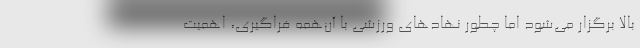
بالا برگزار می‌شود اما چطور نهادهای ورزشی با آن‌همه فراگیری، اهمیت